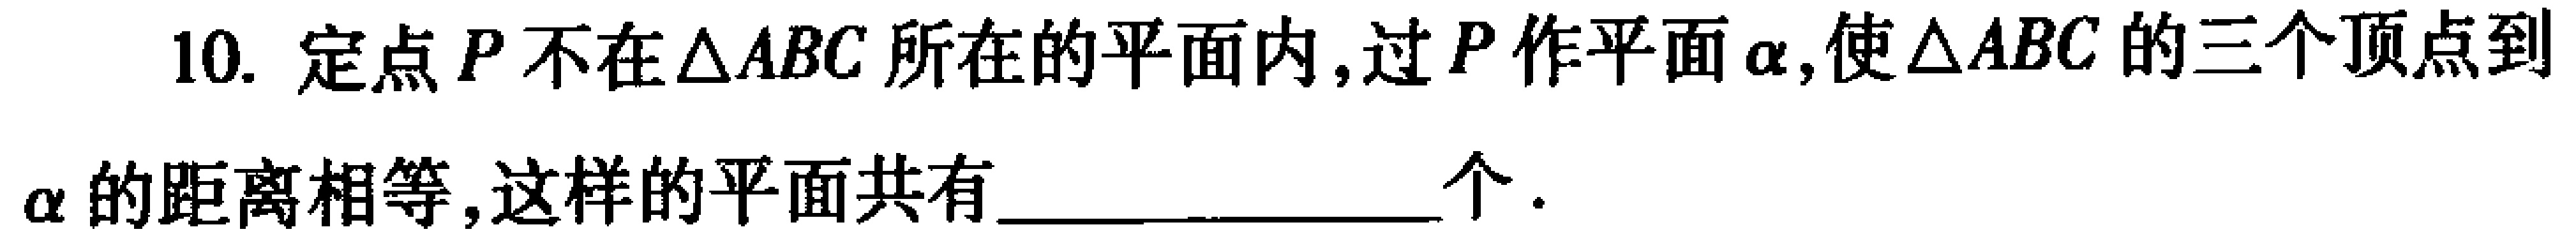
10. 定点\(P\)不在\(\triangle ABC\)所在的平面内, 过\(P\)作平面\(\alpha\),使\(\triangle ABC\)的三个顶点到\(\alpha\)的距离相等, 这样的平面共有________________个.